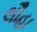
લૌહા